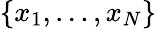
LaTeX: \lbrace x_{1},\dots,x_{N}\rbrace